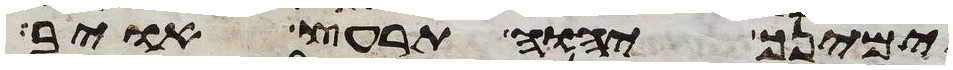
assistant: ימינך יהוה תרעץ אויב